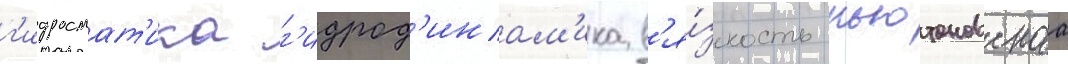
г'идростат'ика г'идрод'инам'ика в'я́зкость ньютоновскаа